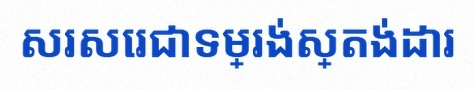
សរសេរជាទម្រង់ស្តង់ដារ